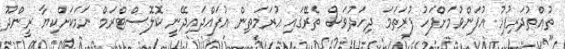
ތުއްތުދަރިފުޅު އުފަންވުމަށްފަހު ފުރަތަމަ ދިހަދުވަސް ތެރޭގައި އުރަމަތިން އުފައްދައިދޭނީ ކޮލޮސްޓްރަމް ނަމަކަށްކިޔާ ރީންދޫ